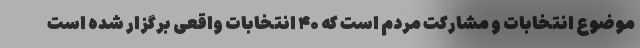
موضوع انتخابات و مشارکت مردم است که ۴۰ انتخابات واقعی برگزار شده است